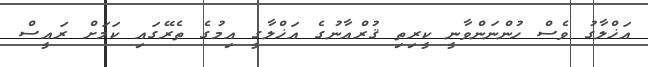
އަޚްލާގު ވެސް ހުންނަންވާނީ ކީރިތި ޤުރްއާނުގެ އަޚްލާގީ އިމުގެ ތެރޭގައި ކަމަށް ރައީސް